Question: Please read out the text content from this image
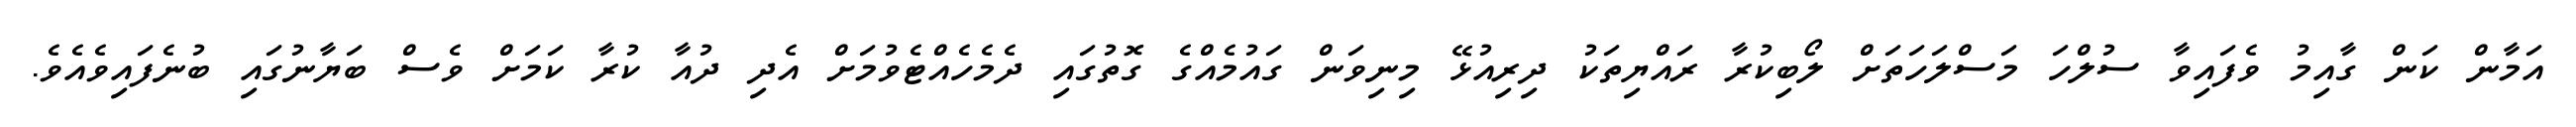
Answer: އަމާން ކަން ގާއިމު ވެފައިވާ ސުލްހަ މަސްލަހަތަށް ލޯބިކުރާ ރައްޔިތަކު ދިރިއުޅޭ މިނިވަން ގައުމެއްގެ ގޮތުގައި ދެމެހެއްޓެވުމަށް އެދި ދުއާ ކުރާ ކަމަށް ވެސް ބަޔާނުގައި ބުނެފައިވެއެވެ.